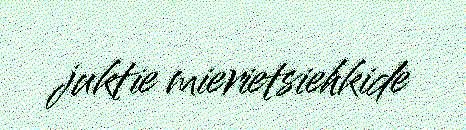
juktie mierietsiehkide